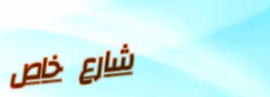
شارع خاص